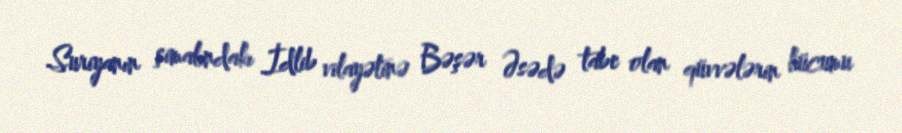
Suriyanın şimalındakı İdlib vilayətinə Bəşər Əsədə tabe olan qüvvələrin hücumu